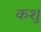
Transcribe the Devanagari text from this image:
कशु